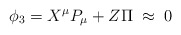
\begin{align*}{}\phi _3 = X^{\mu}P_{\mu} + Z \Pi \; \approx \; 0\end{align*}